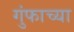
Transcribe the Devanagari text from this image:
गुंफाच्या